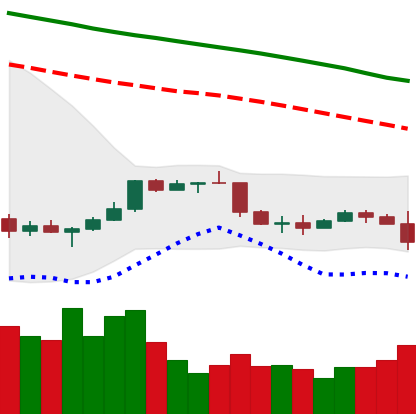
Ticker: NEO-USD
Chart end date: 2022-01-05
Forward return: -7.512%
Label: down_7plus